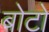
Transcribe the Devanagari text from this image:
बोटो